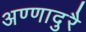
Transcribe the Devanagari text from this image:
अण्णादुरै